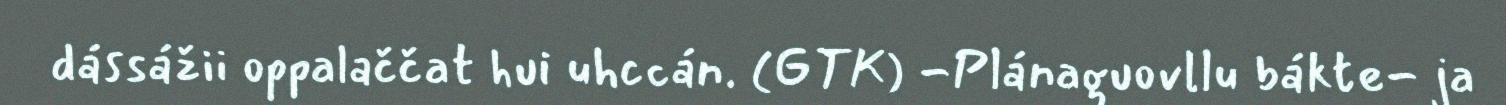
dássážii oppalaččat hui uhccán. (GTK) -Plánaguovllu bákte- ja